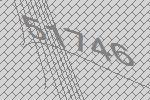
51746